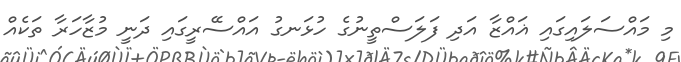
މި މައްސަލައިގައި ޣައްޒާ އަދި ފަލަސްތީނުގެ ހުޅަނގު އައްސޭރީގައި ދަނީ މުޒާހަރާ ތަކެއް